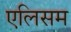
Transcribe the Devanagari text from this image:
एलिसम